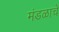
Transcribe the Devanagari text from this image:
मंडळाचें